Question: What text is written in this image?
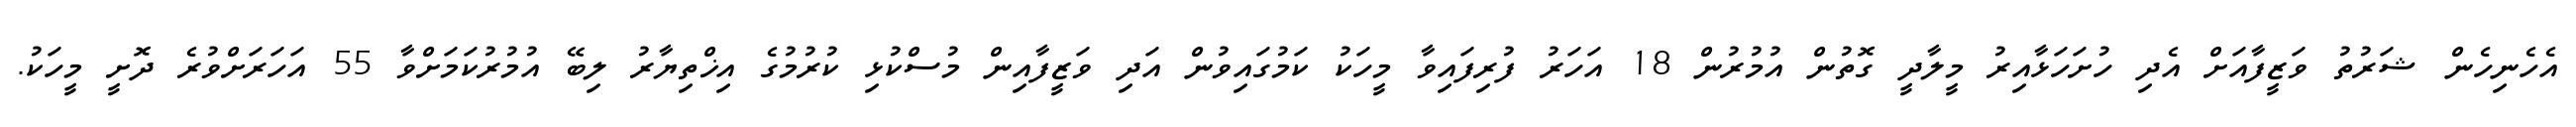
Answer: އެހެނިހެން ޝަރުތު ވަޒީފާއަށް އެދި ހުށަހަޅާއިރު މީލާދީ ގޮތުން އުމުރުން 18 އަހަރު ފުރިފައިވާ މީހަކު ކަމުގައިވުން އަދި ވަޒީފާއިން މުސްކުޅި ކުރުމުގެ އިޚްތިޔާރު ލިބޭ އުމުރުކަމަށްވާ 55 އަހަރަށްވުރެ ދޮށީ މީހަކު.